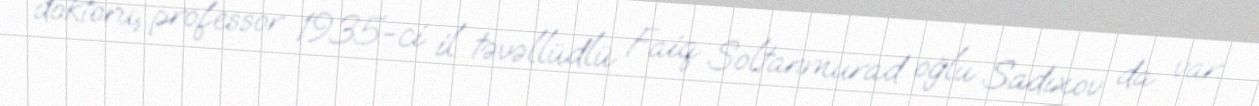
doktoru, professor 1935-ci il təvəllüdlü Faiq Soltanmurad oğlu Sadıxov da var.